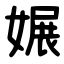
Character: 㜊